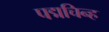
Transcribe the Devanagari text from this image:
पद्मचिन्ह